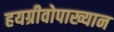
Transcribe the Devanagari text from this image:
हयग्रीवोपाख्यान